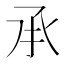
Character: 𠄘